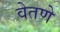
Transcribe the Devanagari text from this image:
वेतणे